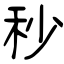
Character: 秒